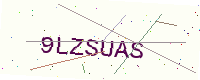
Text: 9LZSUAS